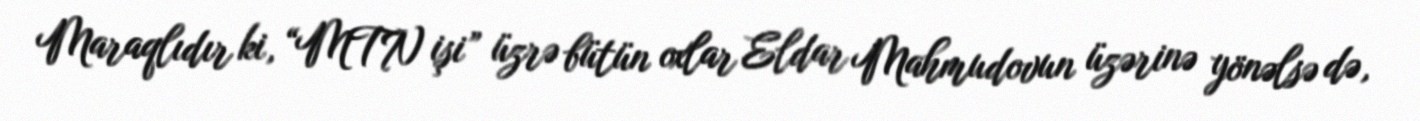
Maraqlıdır ki, “MTN işi” üzrə bütün oxlar Eldar Mahmudovun üzərinə yönəlsə də,